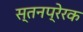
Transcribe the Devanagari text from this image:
स्तनप्रेरक